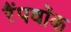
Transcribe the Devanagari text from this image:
रैंपवॉक